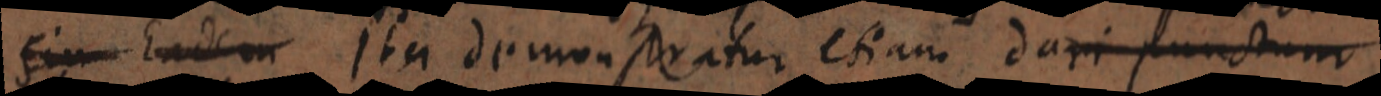
sin Eadem Ita demonstratur etiam dari punctum